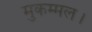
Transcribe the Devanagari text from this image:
मुकम्मल।